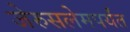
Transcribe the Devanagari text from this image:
जेरुसलेमपर्यंत